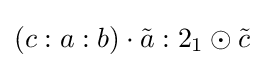
\left(c:a:b\right)\cdot {\tilde {a}}:2_{1}\odot {\tilde {c}}